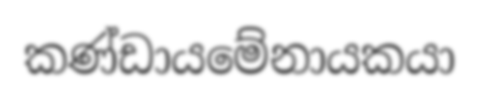
කණ්ඩායමේනායකයා